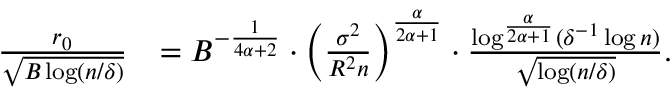
\begin{array} { r l } { \frac { r _ { 0 } } { \sqrt { B \log ( n / \delta ) } } } & { = B ^ { - \frac { 1 } { 4 \alpha + 2 } } \cdot \bigg ( \frac { \sigma ^ { 2 } } { R ^ { 2 } n } \bigg ) ^ { \frac { \alpha } { 2 \alpha + 1 } } \cdot \frac { \log ^ { \frac { \alpha } { 2 \alpha + 1 } } ( \delta ^ { - 1 } \log n ) } { \sqrt { \log ( n / \delta ) } } . } \end{array}